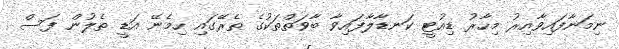
ނިމަނާފައިވާއިރު މިހާރު ޑިއުޓީ ކަނޑާލާފައިވާ ބާވަތްތަކުގެ ތެރޭގައި ހިމެނޭ އަޑީ ތެލުން ފަސް